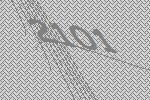
2101